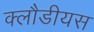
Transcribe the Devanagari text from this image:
क्लौडीयस